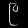
Digit: ၉